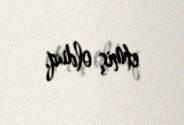
etmiş olduq.